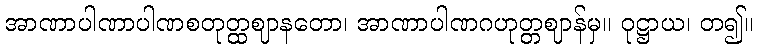
အာဏာပါဏာပါဏစတုတ္ထဈာနတော၊ အာဏာပါဏဂဟုတ္တဈာန်မှ။ ဝုဋ္ဌာယ၊ တ၍။